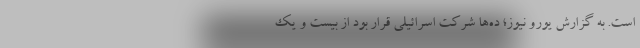
است. به گزارش یورو نیوز؛ ده‌ها شرکت اسرائیلی قرار بود از بیست و یک